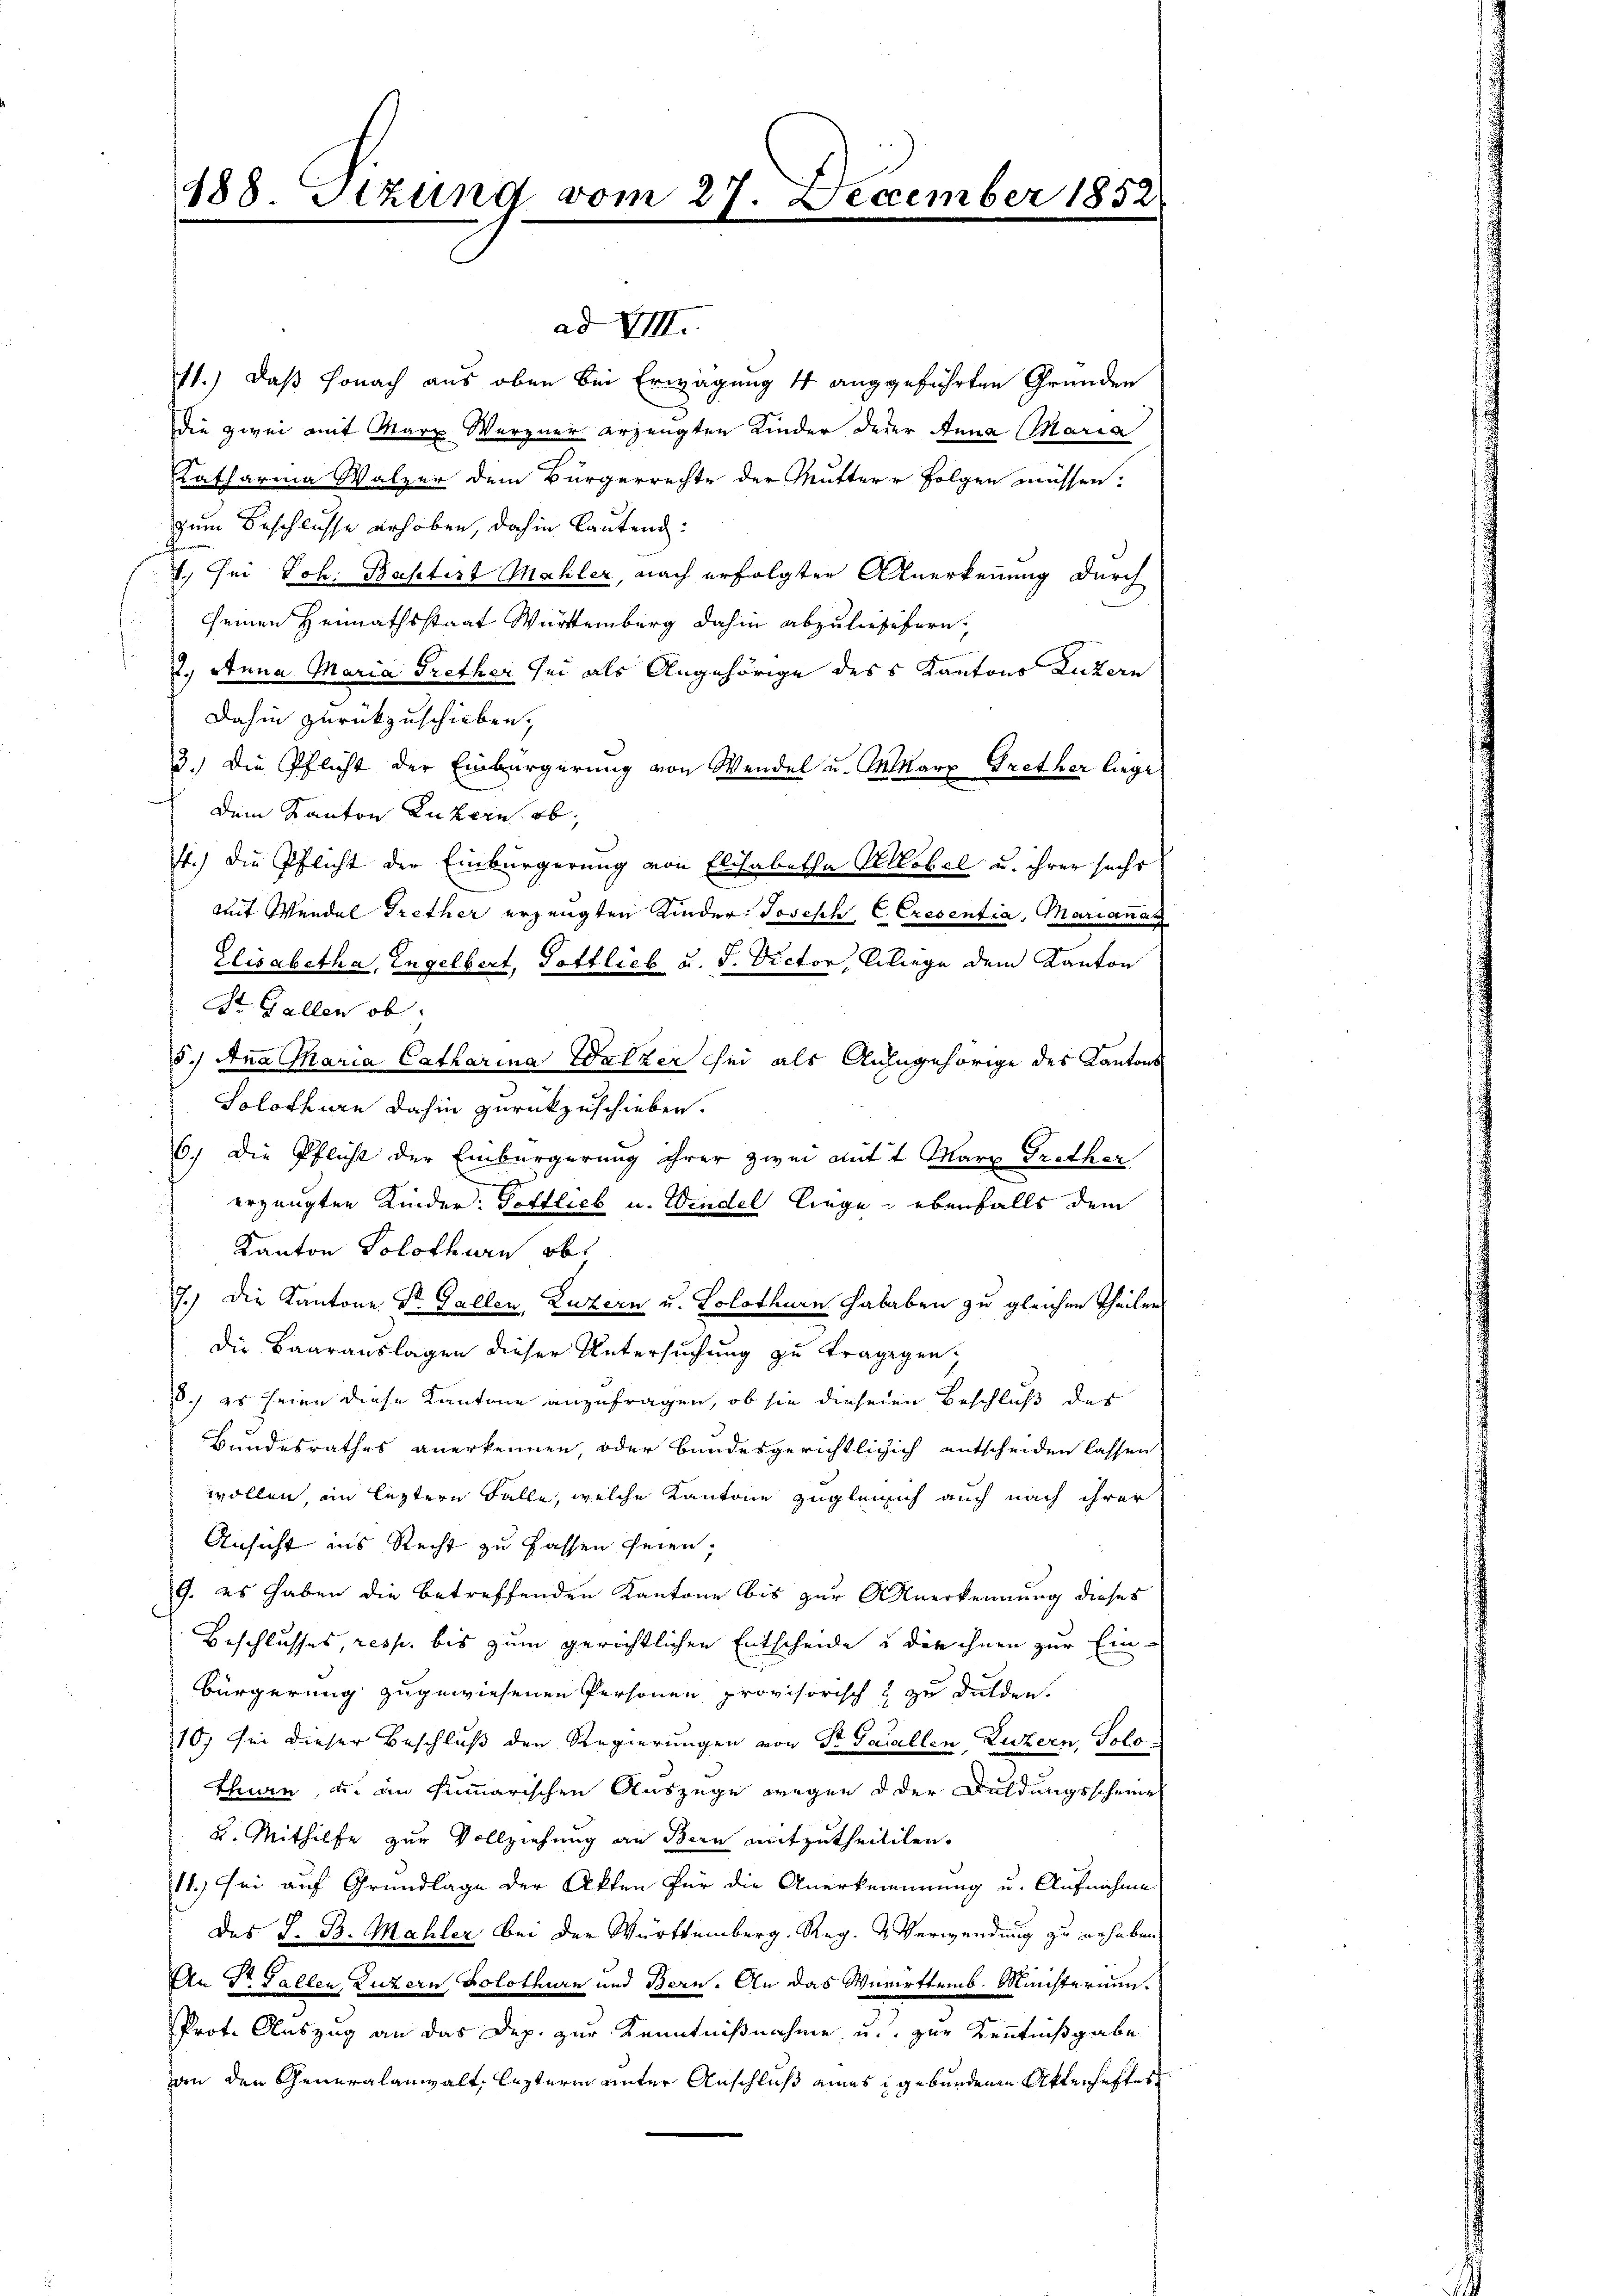
11.) Daß sonach aus oben bei Erwägung 4 angeführten Gründen
die zwei mit Marx Werner erzeugten Kinder deser Anna Maria
Katharina Walzer dem Bürgerrechte der Muttere Folgen müssen.
zum Beschlusse erhoben, dahin lautend:
1. sei Joh. Baptist Mahler, nach erfolgter Anerkennung durch
seinen Heimathsstaat Württemberg dahin abzulief fern.
2.) Anna Maria Trether sei als Angehörige des Kantons Luzern
Dahin zurückzuschieben,
3.) Die Pflicht der Einbürgerung von Wendel u. Marx Frether liege
Dem Kanton Luzern ab,
4.) Die Pflicht der Einbürgerung von Elisabetha Kobel u. ihrer suchs
mit Wundel Trether erzeugten Kinder: Joseph, C. Cresentia, Mariannat
Elisabetha, Engelbert, Gottlieb u. s. Victor, Beliege dem Kanton
St. Gallen ob
5.) Ana Maria Catharina Walzer sei als Anzugehörige des Kantons
Solothurn dahin zurückzuschieben.
6.) Die Pflicht der Einbürgerung ihrer zwei mit t Marx Trother
erzeugten Kinder: Gottlieb u. Wendel liege & überfalls dem
Kanton Solothurn ab
7.) Die Kantone St. Gallen, Luzern u. Solothurn Hababen zu gleichen Theilen
die Baarauslagen dieser Untersuchung zu tragegen,
8.) es seien diese Kantone anzufragen, ob sie diesenen Beschluß der
Bundesrathes anerkennen, oder bundesgerichtlichich entscheiden lassen
wollen, ein leztere Falle, welche Kantone zugleich auch nach ihrer
Ansicht ins Recht zu fassen seien.
9. es haben die betreffenden Kantone bis zur Anerkennung dieses
Beschlusses, resp. bis zum gerichtlichen Entscheide u die ihnen zur Ein¬
Bürgerung zugewiesenen Personen provisorisch & zu dulden.
10, sei dieser Beschluß den Regierungen von Dr Parallen, Luzern, Solothuen, u. im summarischen Auszüge wegen d der Duldungsscheine
u. Mithilfe zur Vollziehung an Bern mitzutheililen.
11.) Sei auf Grundlage der Akten für die Anerkennung u. Aufnahme
des J. B. Mahler bei der Württemberg. Reg. & Verwendung zu erhaben
An Dr. Gallen, Luzern, Solothurn und Bern. An das Württemb. Ministerium.
Prot. Auszug an das Dep. zur Kenntnißnahme u. zur Kenntnißgabe
an den Generalanwalt, lezterm unter Anschluß eines gebundenen Aktenhaftes

488 Tizung vom 27. December 1852

ad VIII.